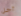
أجل